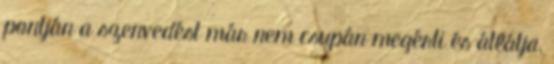
pontján a szenvedést már nem csupán megérti és átlátja,